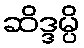
ဆိဒ္ဒမ္ပိ